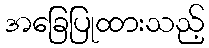
အခြေပြုထားသည့်